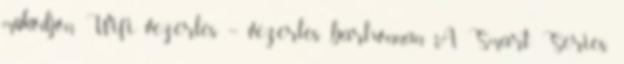
működjön. Wifi vezérlés – vezérlés bárhonnan A Smart Series